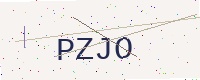
Text: PZJO